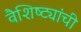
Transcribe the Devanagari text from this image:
वैशिष्ट्यांची